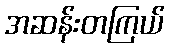
အဆန်းတကြယ်